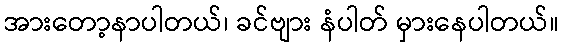
အားတော့နာပါတယ်၊ ခင်ဗျား နံပါတ် မှားနေပါတယ်။